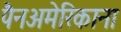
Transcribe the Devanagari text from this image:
पैनअमेरिकाना